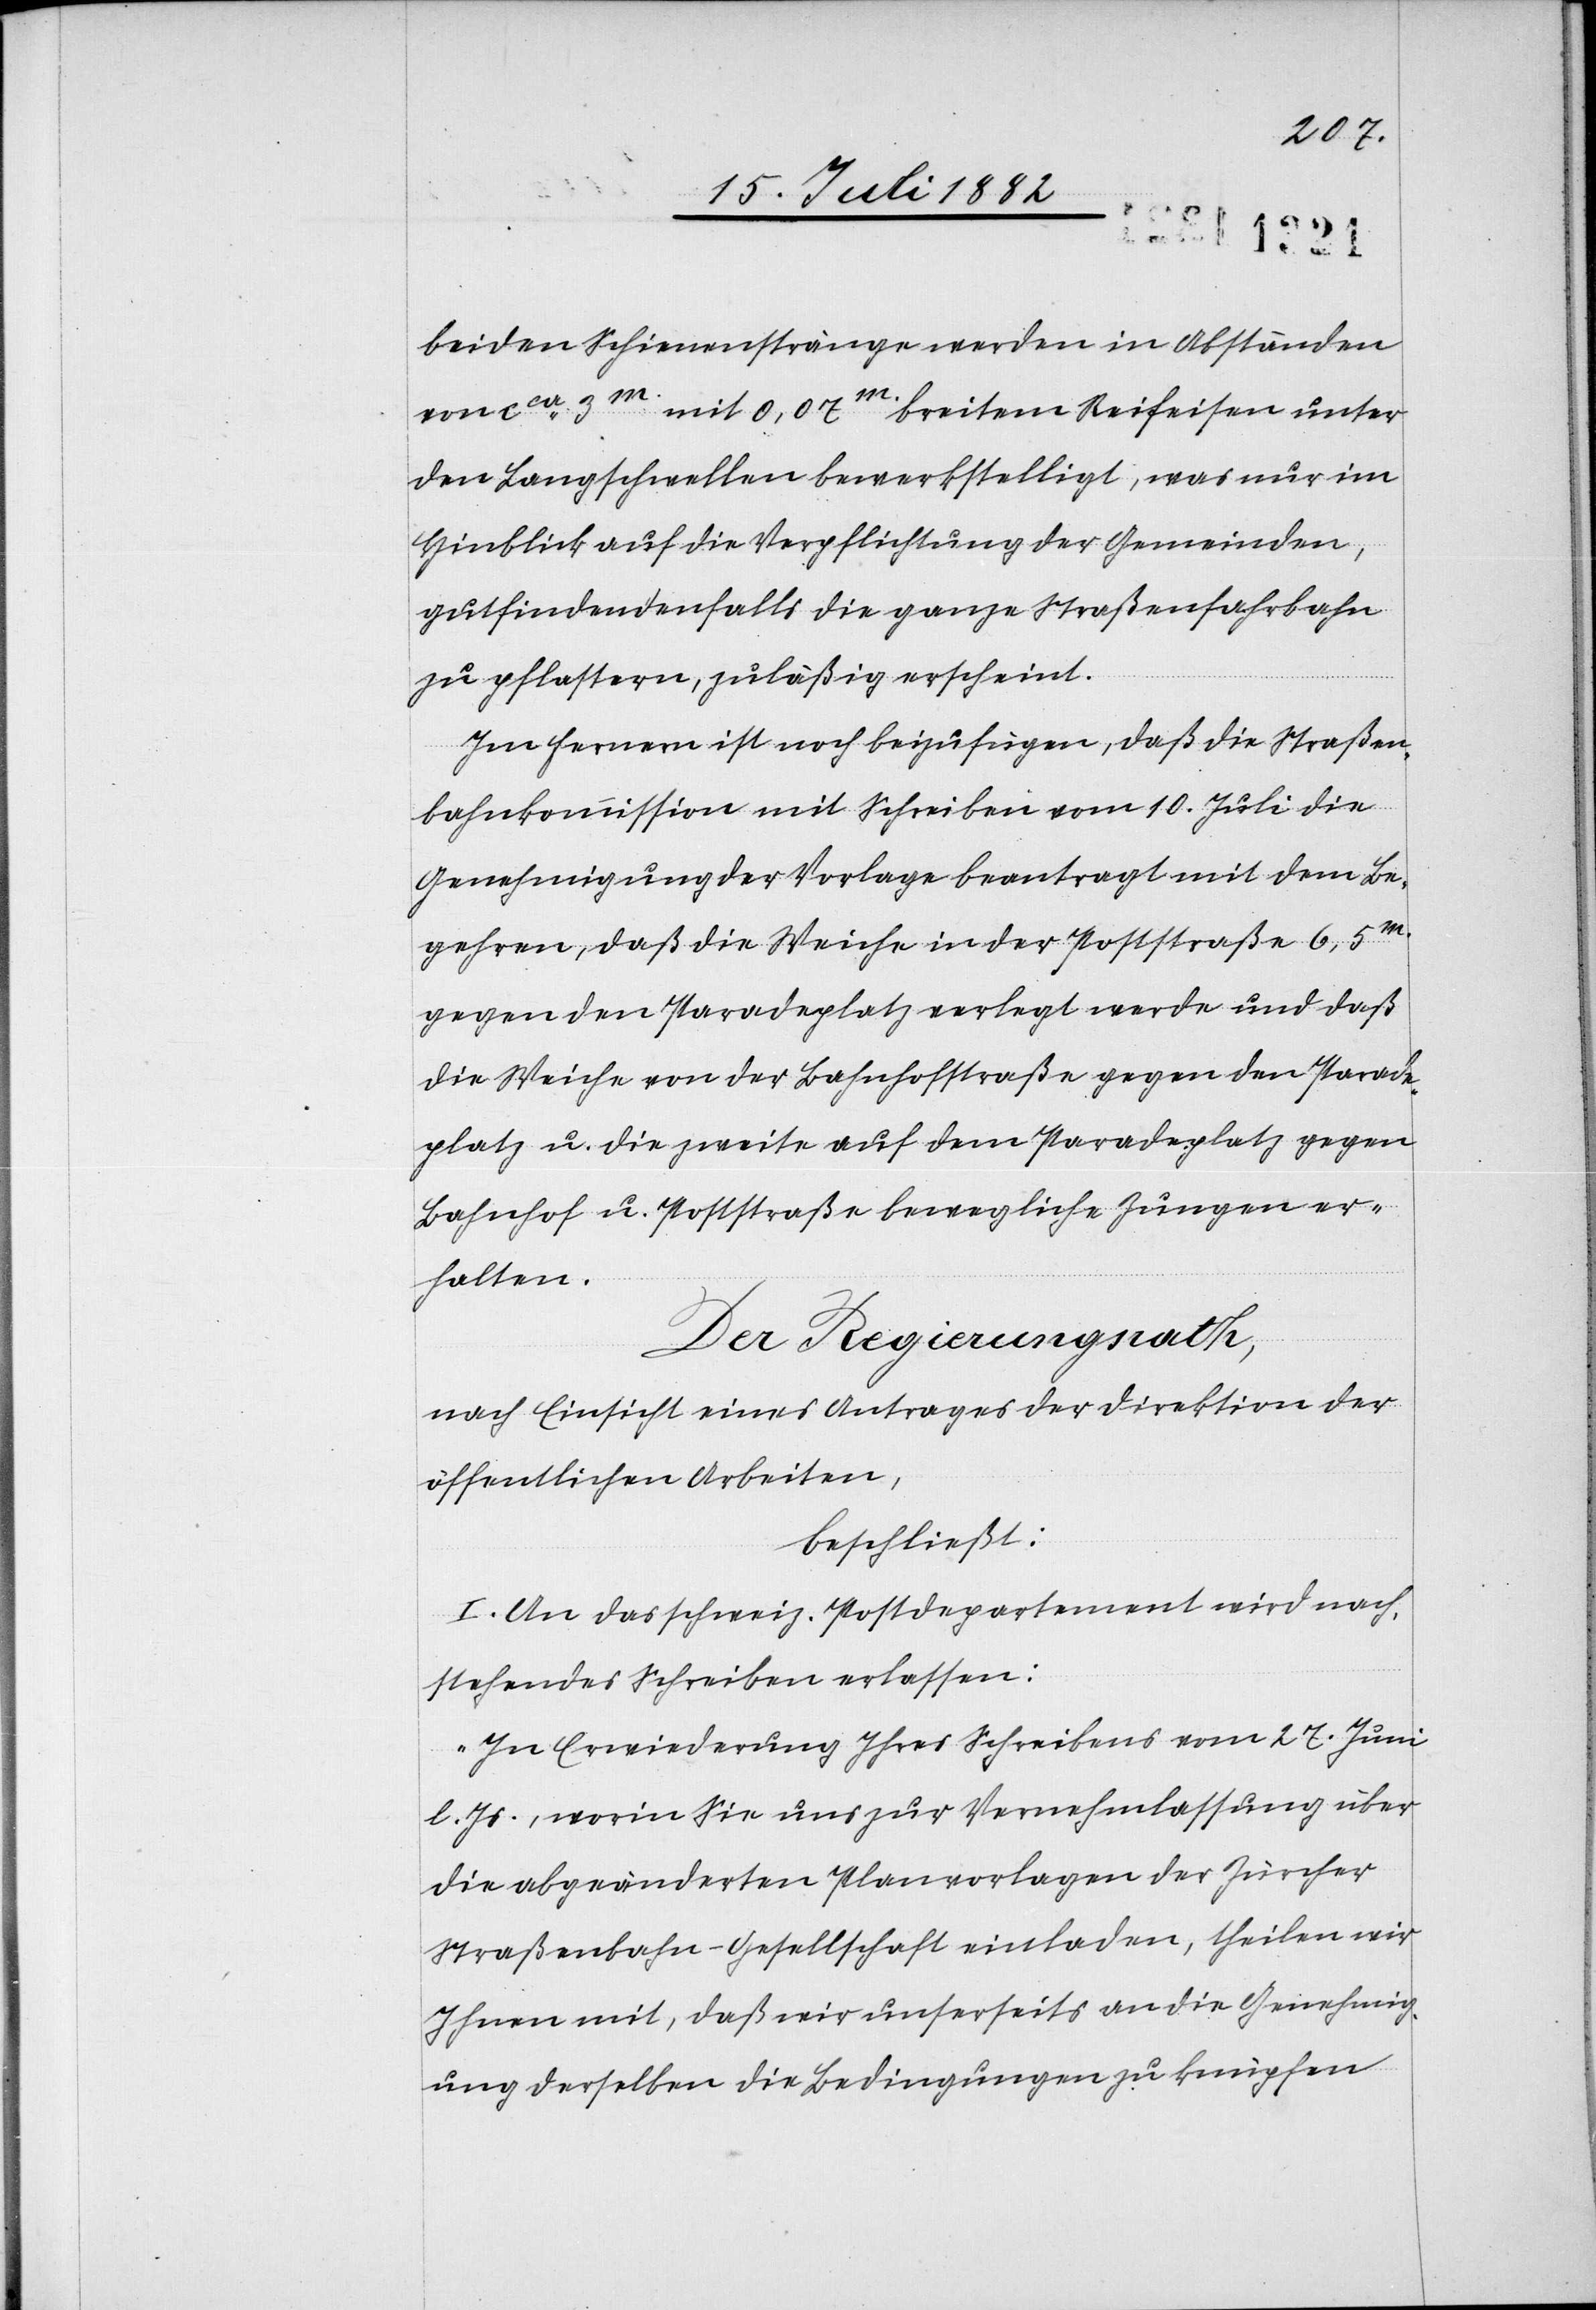
beiden Schienenstränge werden in Abständen
von ca 3m mit 0,07m breiten Reifeisen unter
den Langschwellen bewerkstelligt, was nur im
Hinblick auf die Verpflichtung der Gemeinden,
gutfindendenfalls die ganze Straßenfahrbahn
zu pflastern, zuläßig erscheint.
Im Fernern ist noch beizufügen, daß die Straßen¬
bahnkommission mit Schreiben vom 10. Juli die
Genehmigung der Vorlage beantragt mit dem Be¬
gehren, daß die Weiche in der Poststraße 6,5m
gegen den Paradeplatz verlegt werde und daß
die Weiche von der Bahnhofstraße gegen den Parade¬
platz u. die zweite auf dem Paradeplatz gegen
Bahnhof u. Poststraße bewegliche Zungen er¬
halten.
Der Regierungsrath,
nach Einsicht eines Antrages der Direktion der
öffentlichen Arbeiten,
beschließt:
I. An das schweiz. Postdepartement wird nach¬
stehendes Schreiben erlassen:
„In Erwiederung Ihres Schreibens vom 27. Juni
l. Js., worin Sie uns zur Vernehmlassung über
die abgeänderten Planvorlagen der Zürcher
Straßenbahn-Gesellschaft einladen, theilen wir
Ihnen mit, daß wir unserseits an die Genehmig¬
ung derselben die Bedingungen zu knüpfen